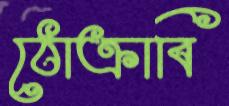
ঠোক্‌রাবি